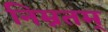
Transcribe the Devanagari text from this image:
निम्नतम्